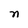
Character: n